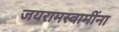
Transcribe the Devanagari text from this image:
जयरामस्वामींना